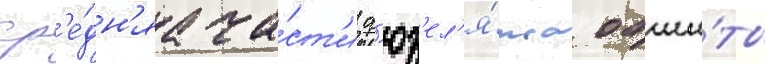
ср'е́дн'яа ча́ст'и ф'юз'ел'я́жа обши́ты